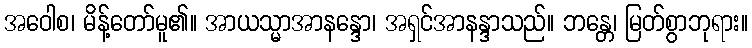
အဝေါစ၊ မိန့်တော်မူ၏။ အာယသ္မာအာနန္ဒော၊ အရှင်အာနန္ဒာသည်။ ဘန္တေ၊ မြတ်စွာဘုရား။